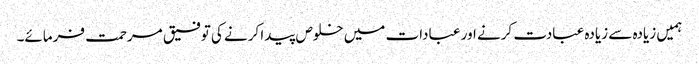
ہمیں زیادہ سے زیادہ عبادت کرنے اور عبادات میں خلوص پیدا کرنے کی توفیق مرحمت فرمائے۔